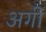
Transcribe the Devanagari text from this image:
अगीं